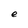
Character: e